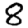
Digit: 8